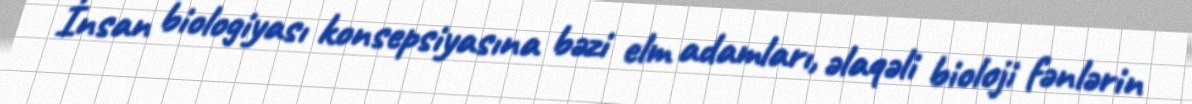
İnsan biologiyası konsepsiyasına bəzi elm adamları, əlaqəli bioloji fənlərin